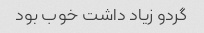
گردو زیاد داشت خوب بود